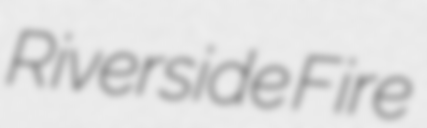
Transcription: Riverside Fire